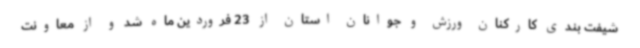
شیفت بندی کارکنان ورزش و جوانان استان از 23 فروردین ماه شد و از معاونت